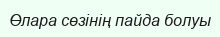
Өлара сөзінің пайда болуы